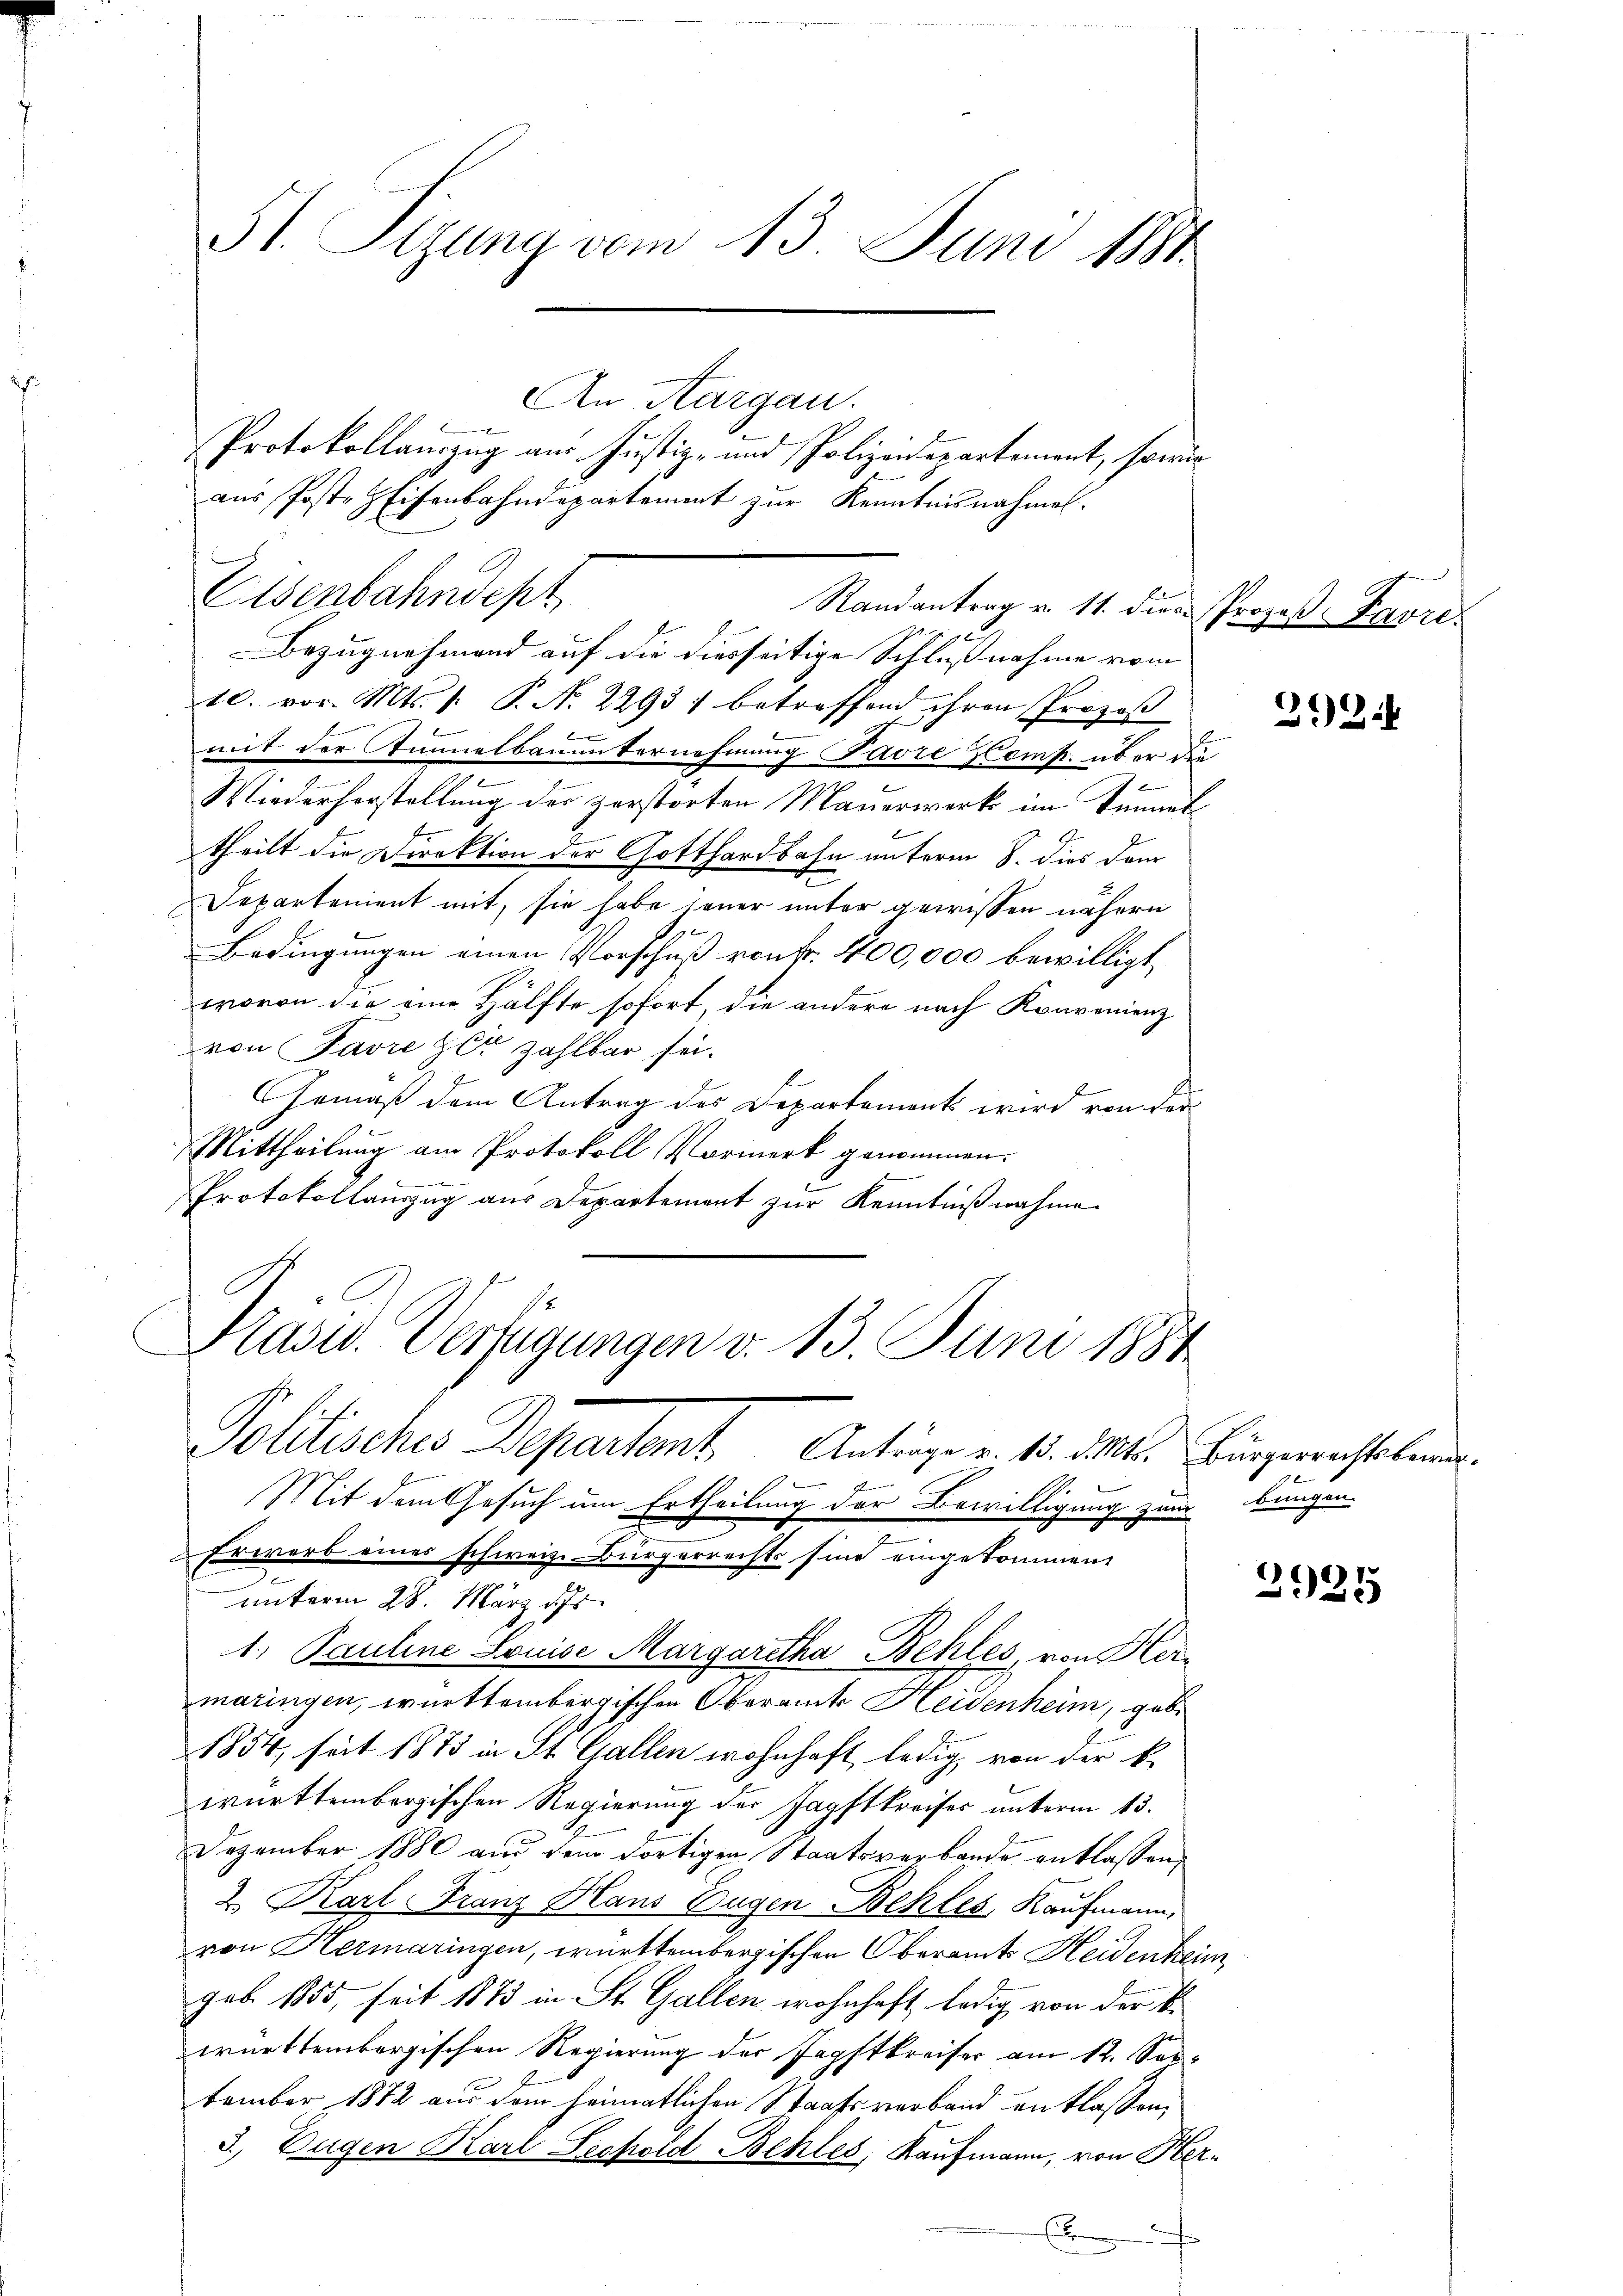
An Aargau.
Protokollauszug aus Justiz- und Polizeidepartement, so wir
aus Poste Eisenbahndepartement zur Kenntnisnahmen.

51. Sizung vom 13. Juni 1890.

6
Bezugnahmend auf die diesseitige Schlußnahme vom
10. vor. Mts. 1. P. N. 22931 betreffend ihren Prozeß
e
b
mit der Stimmelbauunternehmung Favre Komp. über die
1
Wiederhorstellung des zerstorten Mauerwerk im Sinner
theilt die Direktion der Gotthardbahn unterm 8. dies dem
Separtement mit, sie habe jener unter gewissen nähern
e
Bedingungen einen Vorschuß von Fr. 400,000 bewilligt
wovon die eine Hälfte sofort, die andere nach Konvonienz
von Favre zur Zahlbar sei.
2
Gemäß dem Antrag des Departement wird von der
Mittheilung am Protokoll Vormerk genommen.
Protokollauszug aus Departement zur Kenntnißnahme
Politisches Departant
Anträge v. 13. d. Mts. Bürgerrechtsbewor¬
Mit dem Gesuch um Ertheilung der Bewilligung zum Bungen
Erwarb einer schweiz. Bürgerrechts Eine eingekommen,
unterm 28. März d. Js
1., Pauline Louise Margaretha Behles, von Her-
maringen, württembergischen Oberamts Heidenheim, gebe
1854, seit 1875 in St. Gallen wohnhaft, ledig, von der k.
württembergischen Regierung der Jagftkreises unterm 13.
Dezember 1880 aus dem dortigen Staatsverbande entlassen,
2 Karl-Franz Haus Eugen Bekles Kaufmann,
von Hermaringen, württembergischen Oberamts Heidenheim
Feb. 1855, seit 1873 in St. Gallen, wohnhaft, ledig von der k.
württembergischen Regierung der Zapftkreiser am 12. Seetember 1882 aus dem heimatlichen Staatsverband entlassen,
3. Eugen Karl Sechold Behles, Kaufmann, von Herx

Eisenbahndept
Randantrag v. 11. dien

Präsid. Verfügungen v. 13. Juni 1884

ogaß Favre.

29244

2925